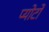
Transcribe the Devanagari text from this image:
प्योर्टो